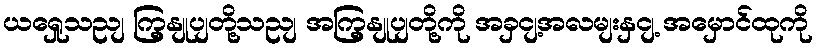
ယရှေုသညျ ကြှနျုပျတို့သညျ အကြှနျုပျတို့ကို အခှငျ့အလမျးနှငျ့ အမှောင်ထုကို